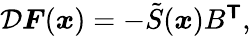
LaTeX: \begin{array}{r}{\mathcal{D}\boldsymbol{F}(\boldsymbol{x})=-\tilde{S}(\boldsymbol{x})B^{\boldsymbol{\mathsf{T}}},}\end{array}